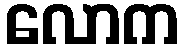
လောက